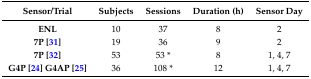
| Sensor/Trial | Subjects | Sessions | Duration (h) | Sensor Day |
 | --- | --- | --- | --- | --- |
 | ENL | 10 | 37 | 8 | 2 |
 | 7P [31] | 19 | 36 | 9 | 2 |
 | 7P [32] | 53 | 53 * | 8 | 1, 4, 7 |
 | G4P [24] G4AP [25] | 36 | 108 * | 12 | 1, 4, 7 |